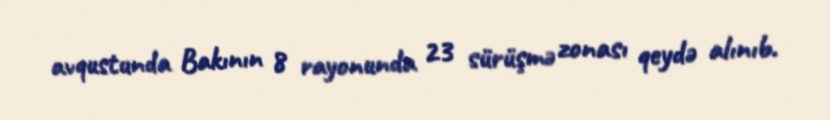
avqustunda Bakının 8 rayonunda 23 sürüşmə zonası qeydə alınıb.